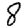
Digit: 8